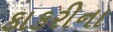
કાકરીના